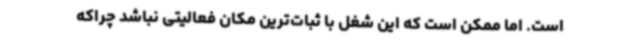
است. اما ممکن است که این شغل با ثبات‌ترین مکان فعالیتی نباشد چراکه